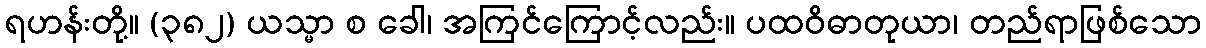
ရဟန်းတို့။ (၃၈၂) ယသ္မာ စ ခေါ၊ အကြင်ကြောင့်လည်း။ ပထဝိဓာတုယာ၊ တည်ရာဖြစ်သော